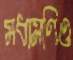
মধ্যমণিও